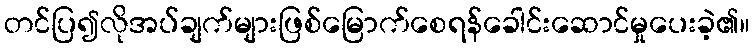
တင်ပြ၍လိုအပ်ချက်များဖြစ်မြောက်စေရန်ခေါင်းဆောင်မှုပေးခဲ့၏။